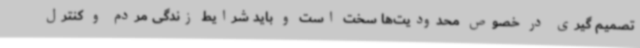
تصمیم گیری در خصوص محدودیت‌ها سخت است و باید شرایط زندگی مردم و کنترل